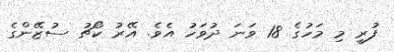
ފުރީ މި މަހުގެ 18 ވަނަ ދުވަހު އެވެ. އޭރު ކޯޗު ސުޒޭންގެ